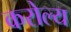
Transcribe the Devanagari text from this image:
करोल्य